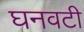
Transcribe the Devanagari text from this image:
घनवटी